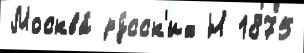
Москва́ ру́сск'их Н 1875